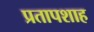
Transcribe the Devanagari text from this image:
प्रतापशाह